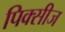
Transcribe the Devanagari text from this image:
पिक्सीज